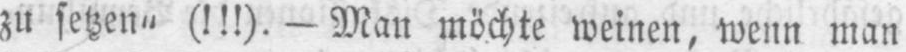
zu setzen“ (!!!).- Man möchte weinen, wenn man